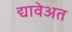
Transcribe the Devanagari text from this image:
द्यावेअत